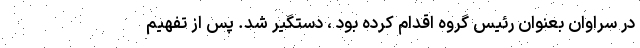
در سراوان بعنوان رئیس گروه اقدام کرده بود ، دستگیر شد. پس از تفهیم